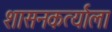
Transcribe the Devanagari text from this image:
शासनकर्त्याला